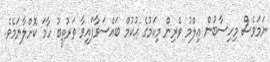
ނަމަވެސް މިހިސާބުން ޢިލްމު ވެރިން މިކަމުގެ ޙުކުމް ބައްސަވާފައިވާ ތަރުތީބު ހާމަ ކޮށްލާނަމެވެ.